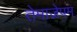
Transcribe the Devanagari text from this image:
तेमाज़ेपम